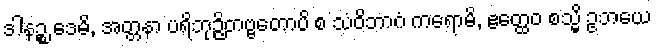
ဒါနဉ္စ ဒေမိ, အတ္တနာ ပရိဘုဉ္ဇိတဗ္ဗတောပိ စ သံဝိဘာဂံ ကရောမိ, ဧတ္ထေဝ စသ္မိ ဥဘယေ